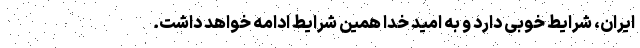
ایران، شرایط خوبی دارد و به امید خدا همین شرایط ادامه خواهد داشت.